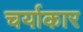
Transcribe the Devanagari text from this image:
चर्याकार